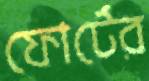
ফোর্টের